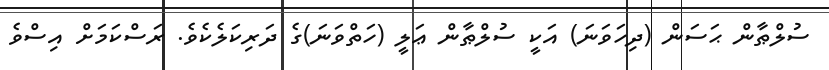
ސުލްޠާން ޙަސަން (ދިހަވަނަ) އަކީ ސުލްޠާން ޢަލީ (ހަތްވަނަ)ގެ ދަރިކަލެކެވެ. ރަސްކަމަށް އިސްވެ